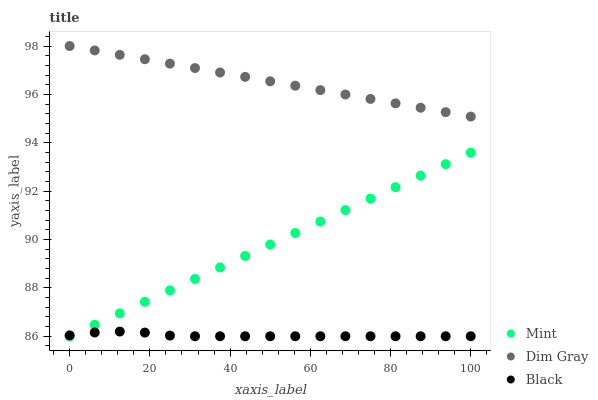
| xaxis_label | Mint | Dim Gray | Black |
 | --- | --- | --- | --- |
 | 0 | 86 | 98 | 86 |
 | 6.25 | 86.5 | 97.8 | 86.2 |
 | 12.5 | 86.9 | 97.6 | 86.2 |
 | 18.8 | 87.4 | 97.5 | 86.2 |
 | 25 | 87.9 | 97.3 | 86 |
 | 31.2 | 88.4 | 97.1 | 86 |
 | 37.5 | 88.8 | 96.9 | 86 |
 | 43.8 | 89.3 | 96.7 | 86 |
 | 50 | 89.8 | 96.5 | 86 |
 | 56.2 | 90.3 | 96.4 | 86 |
 | 62.5 | 90.7 | 96.2 | 86 |
 | 68.8 | 91.2 | 96 | 86 |
 | 75 | 91.7 | 95.8 | 86 |
 | 81.2 | 92.2 | 95.6 | 86 |
 | 87.5 | 92.6 | 95.4 | 86 |
 | 93.8 | 93.1 | 95.3 | 86 |
 | 100 | 93.6 | 95.1 | 86 |